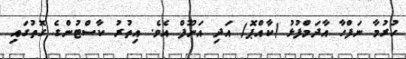
ހުރުމާ ނަފްހާ އާދަމްފުޅު (ކާއްޕޮ) އަދި އަނޫފް އެވެ. އިތުރު ކާސްޓުންގެ ގޮތުގައި